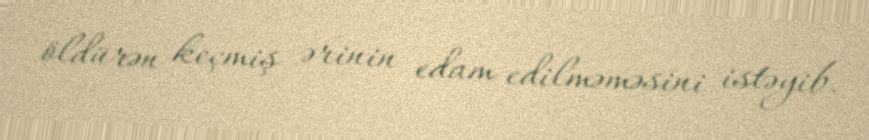
öldürən keçmiş ərinin edam edilməməsini istəyib.